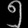
Digit: ၅